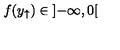
f ( y _ { \uparrow } ) \in \left] - \infty , 0 \right[